Bréfritari: Björn Gíslason
Viðtakandi: Halldór Jónsson
Dagsetning: A-1866-06-23
Skrifað á: Grímstöðum á Fjöllum  N-Þing.

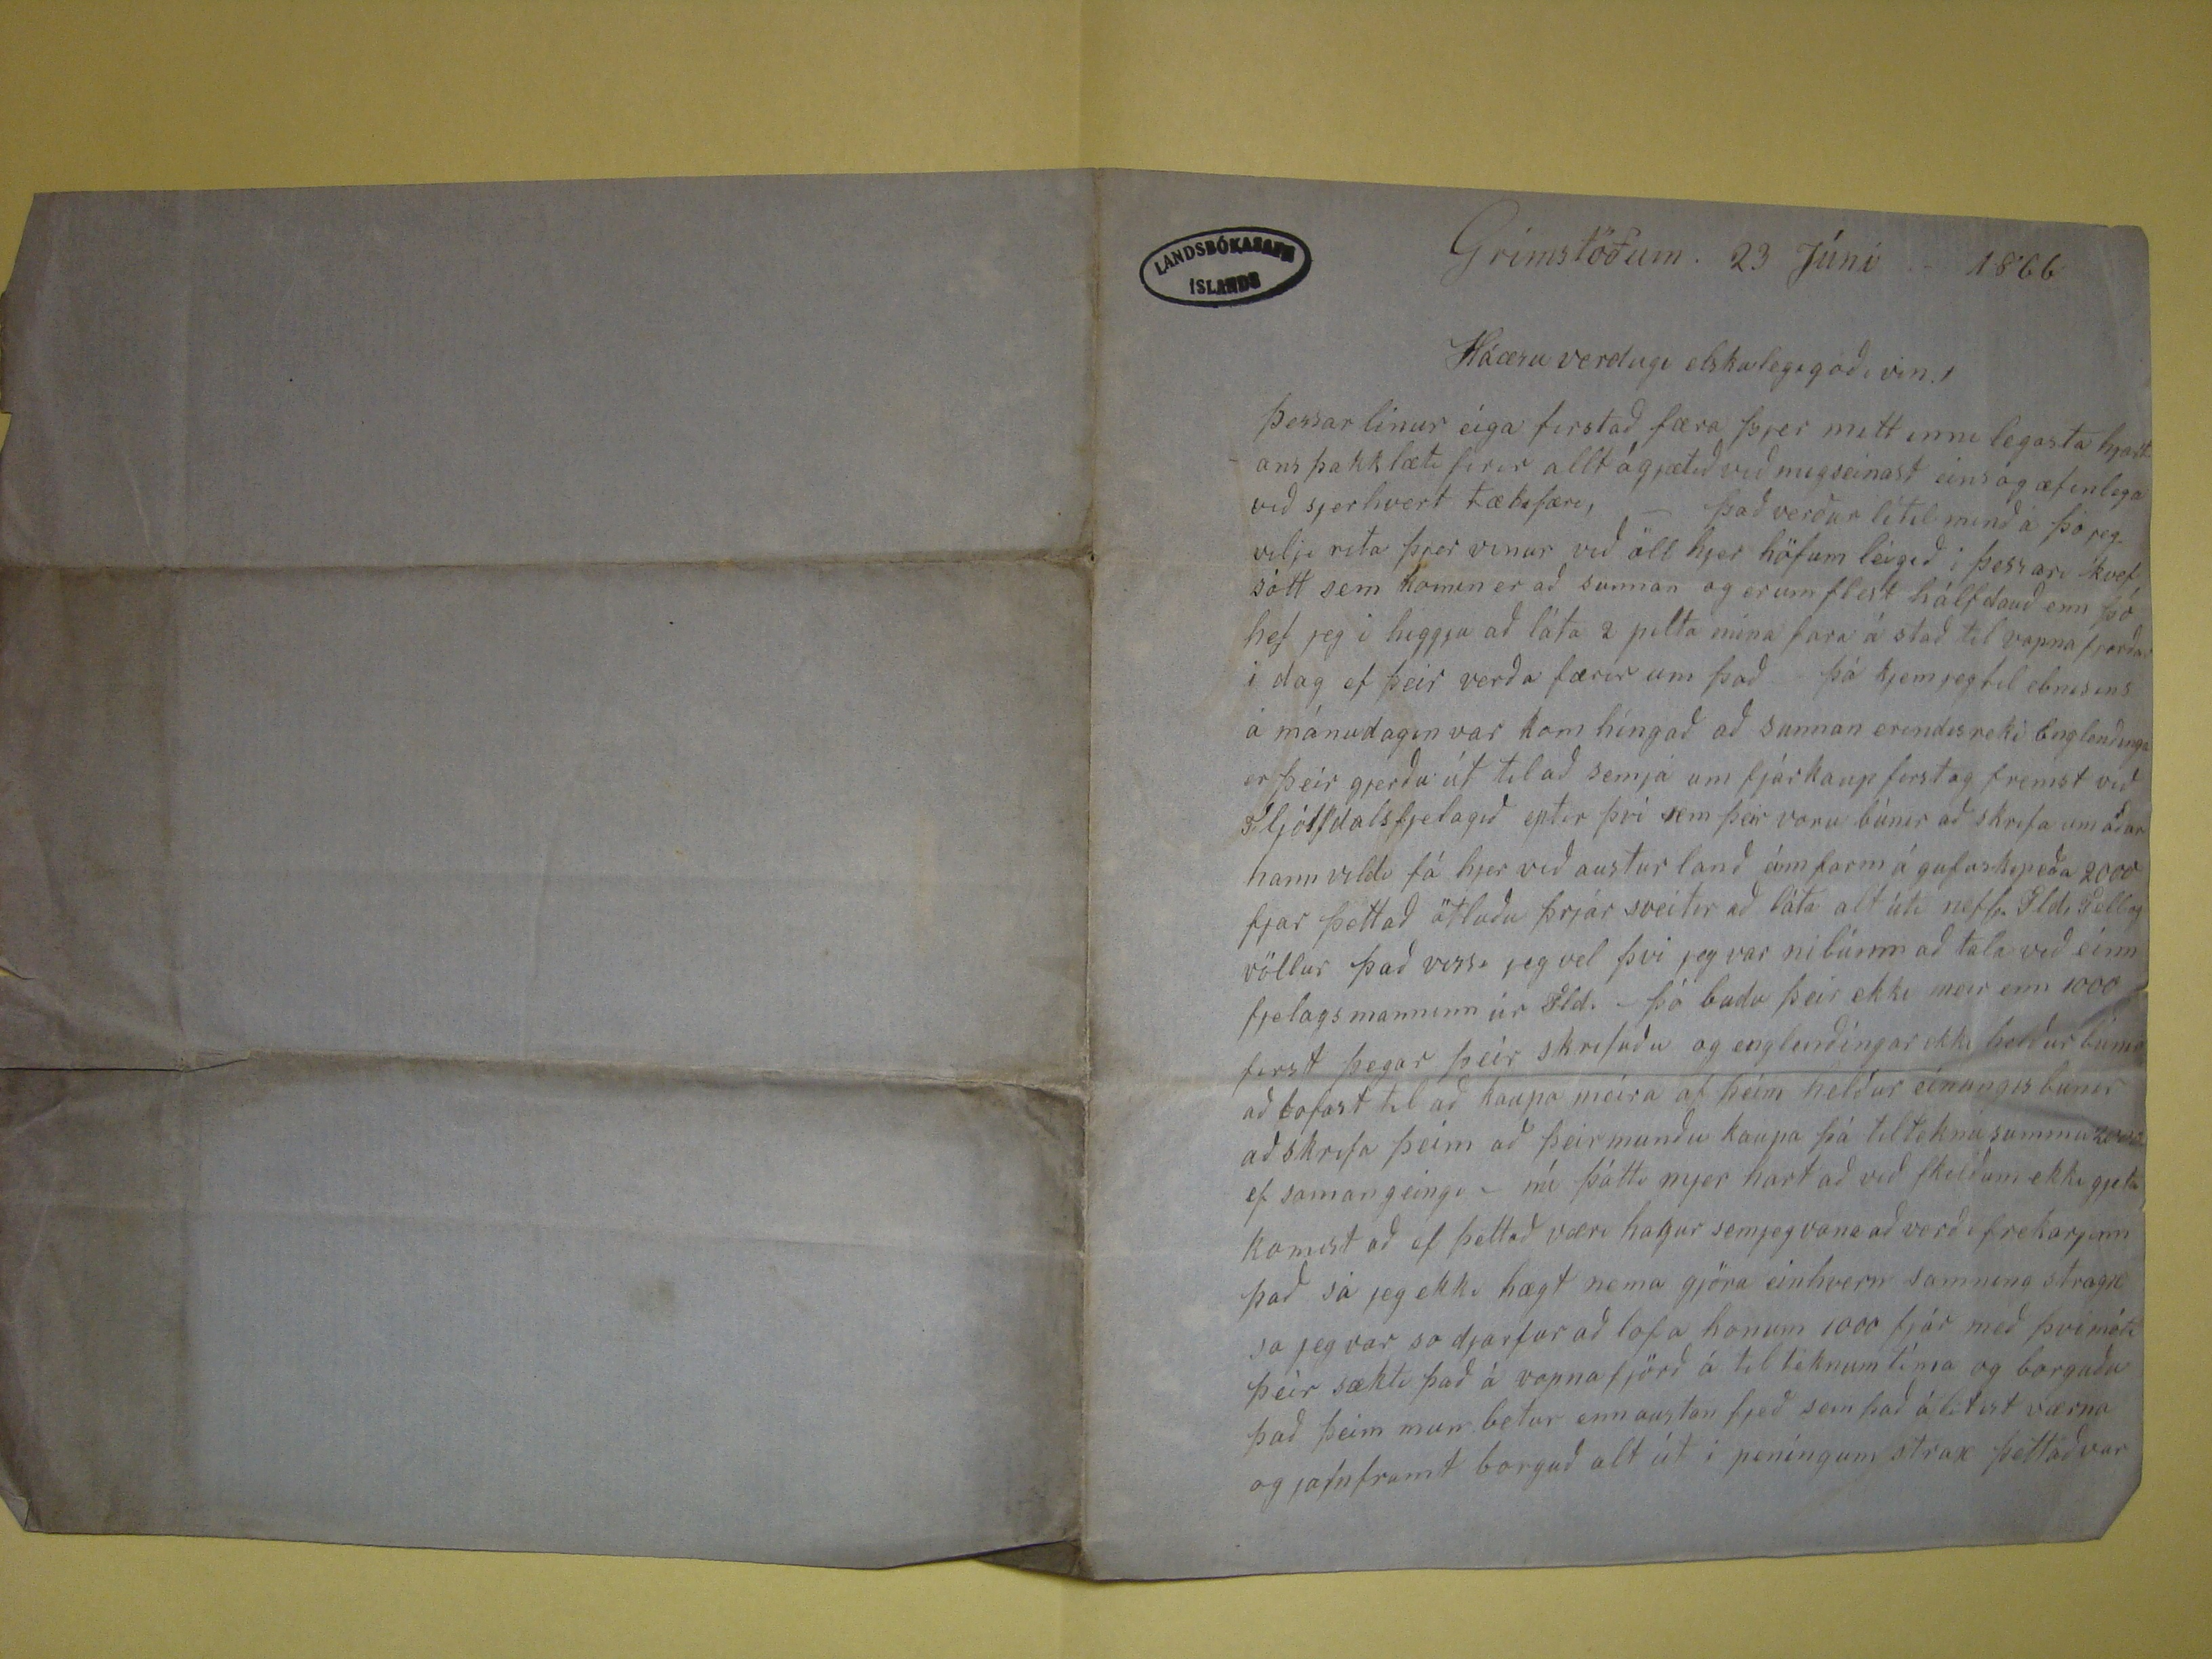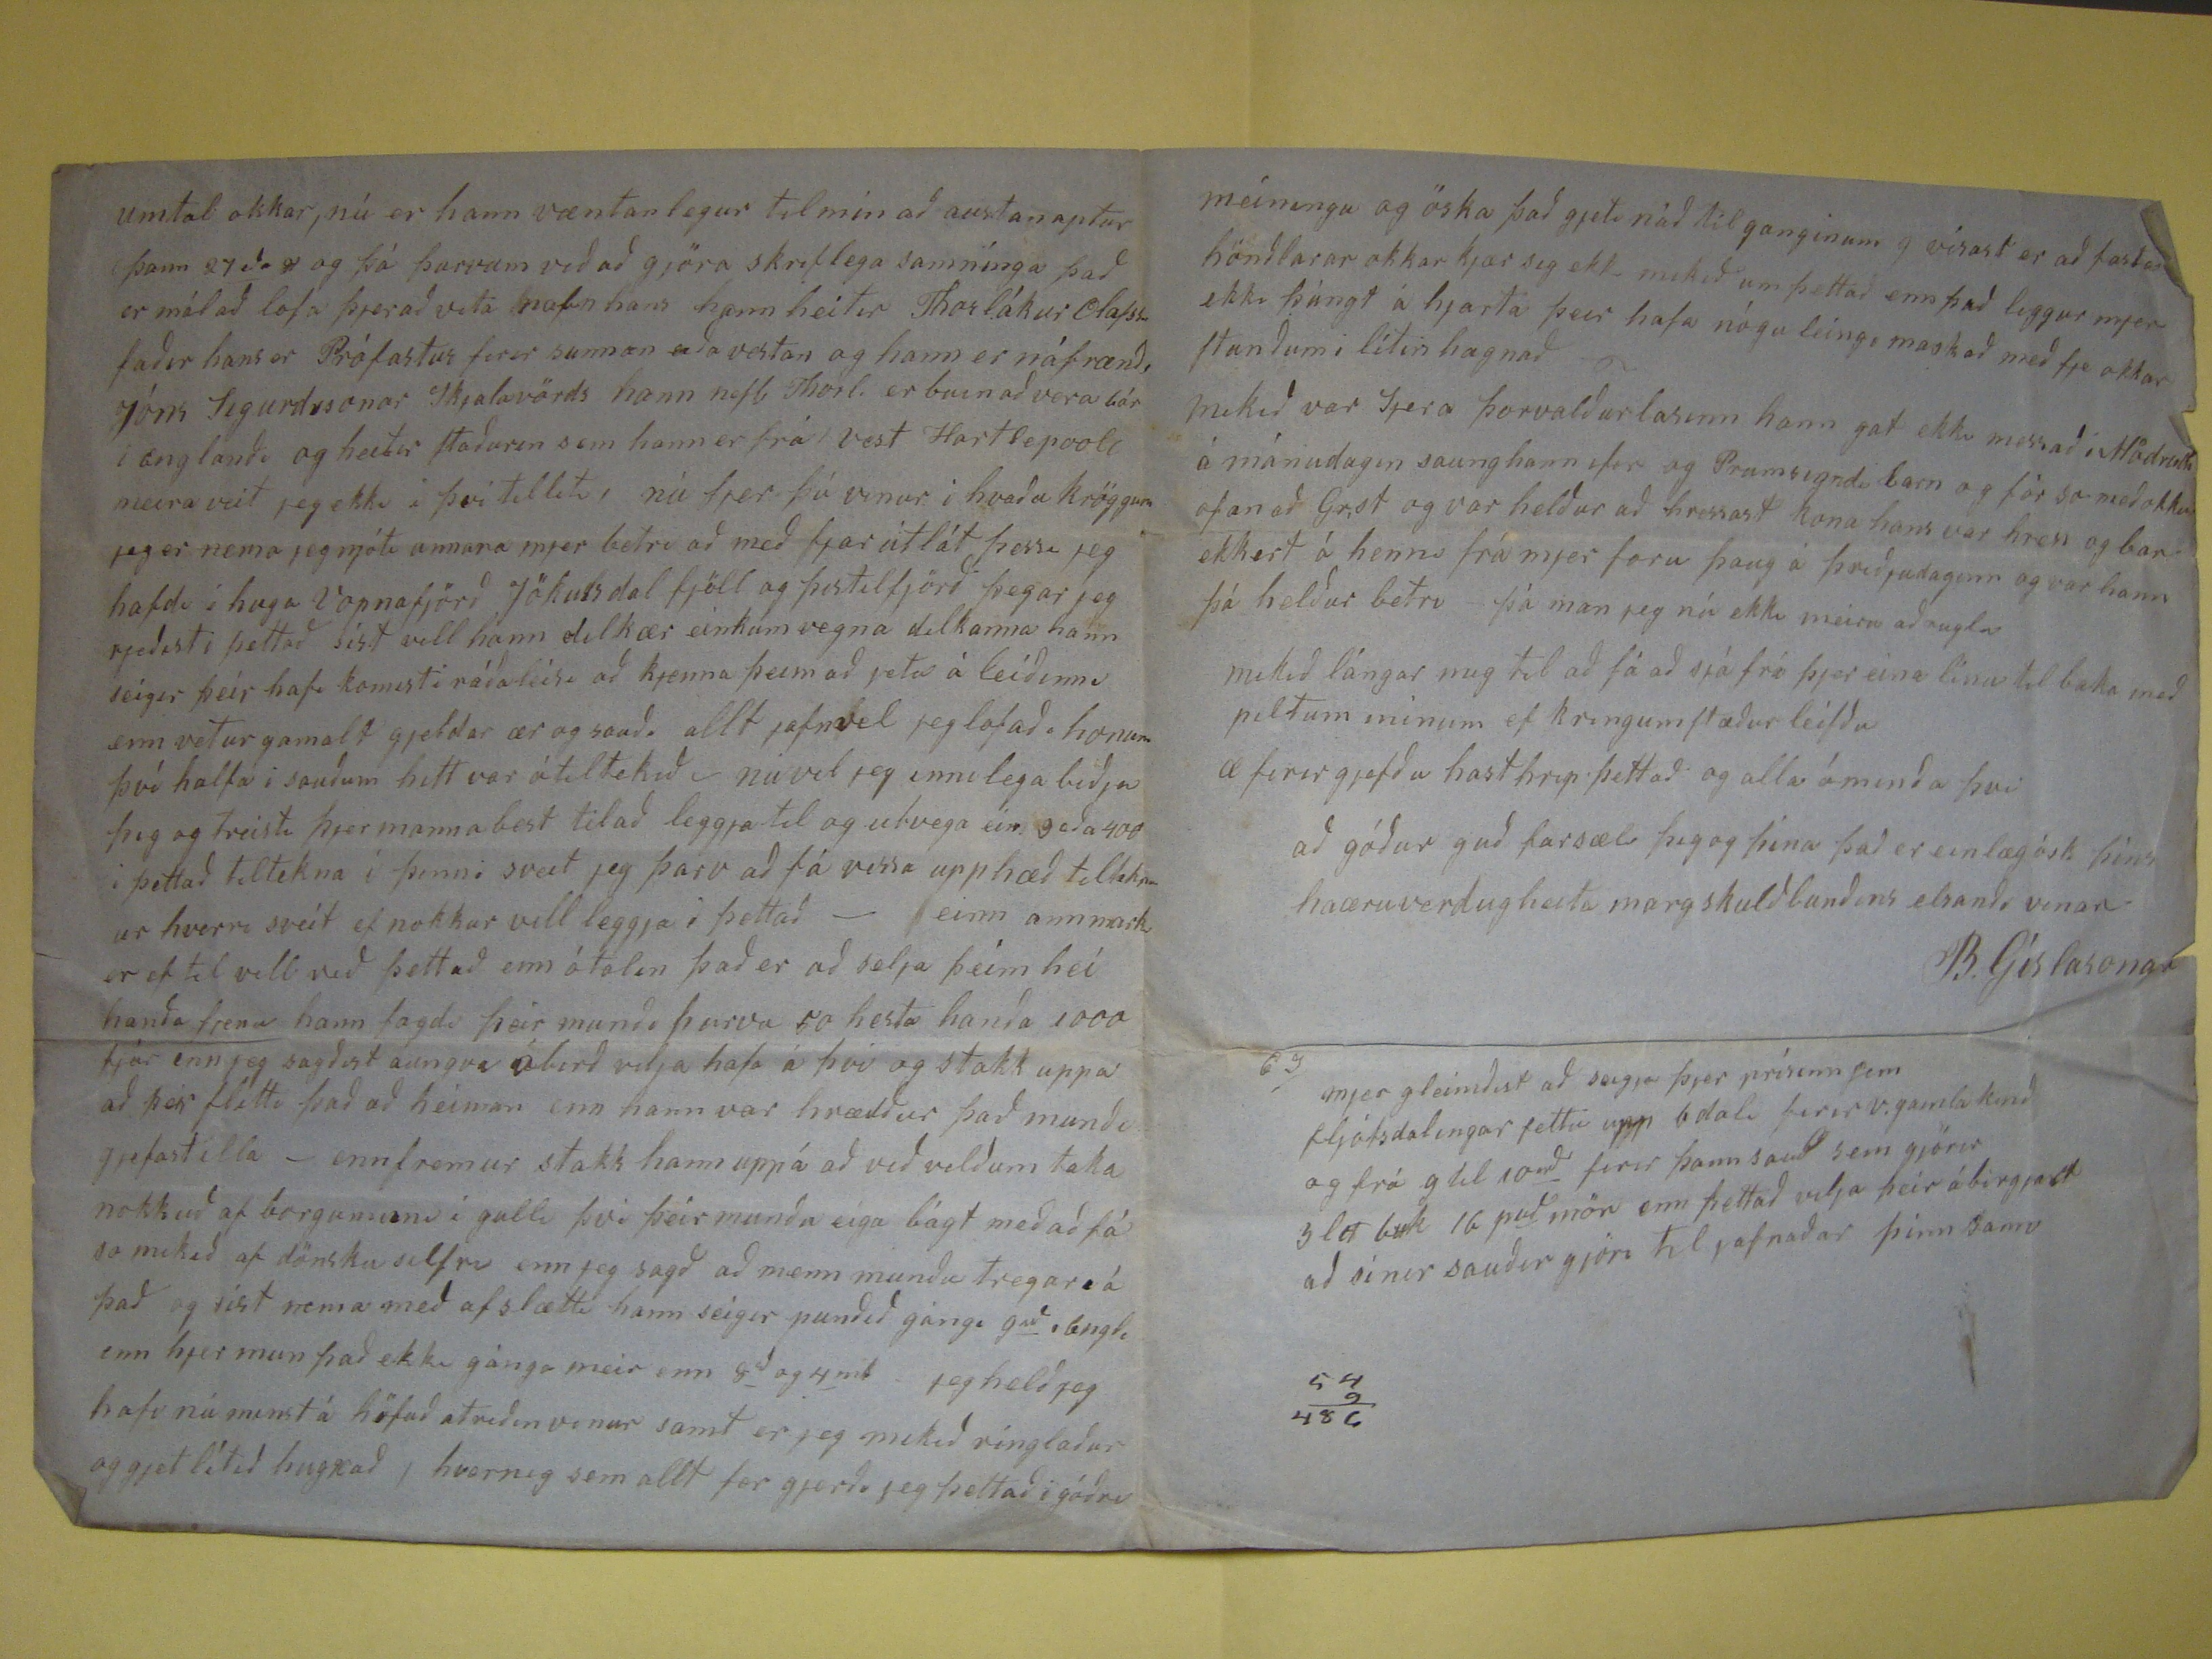

Grímstöðum. 23 Júní 1866
Háæruverðugi elskulegi góði vin!
Þessar linur eiga fyrstað færa þjer mitt inni legasta hjartans þakklæti firir allt ágjætið við mis seinast eins og æfinlega við sjerhvert tækifæri, - Það verður lítil
minð á þó jeg vilji rita þjer vinur við öll hjer höfum leigið í þessari kvefsótt sem komin er að sunnan og erum flest hálfdauð enn þó hef jeg í higgju að láta 2 pilta
mína fara á stað til vopnafjarðar i dag ef þeir verða færir um það þá kjem jeg til ebnisins á mánudagin var kom híngað að sunnan erindisreki Englendinga er
þeir gjerðu út til að semja um fjárkaup firstog fremst við
Fljótsdalsfjelagið
eptir því sem þir voru búnir að skrifa um aður hann vildi fá hjer
við austur land einn farm á gufuskip eða 2000 fjar þettað ötluðu þrjár sveitir að láta alt úti
nefb. Seldi Selbog völlur
það vissi jeg vel þvi jeg
var nibúinn að tala við einn fjelagsmanninn úr
Sld.
- þá budu þeir ekki meir enn 1000 first þegar þeir skrifuðu og englendingar ekki heldur búnir
að lofast til að kaupa meira af þeim heldur einungis bunir að skrifa þeim að þeir mundu kaupa þá tilteknusummu2000 ef samangeingi - nú þótti mjer hart að við
skildum ekki gjeta komist að ef þettað væri hagur semjeg vona að verði frekar
jinn
það sá jeg ekki hægt nema gjöra einhvern samning stragx
sa jeg var so djarfur að lofa honum 1000 fjár með þvi móti þeir sækti það á vopnafjörð á til teknum tíma og borguðu það þeim mun betur enn austan fjeð sem það
álitist værna og jafnframt borguð alt út í peníngum strax þettað var
umtal okkar, nú er hann væntanlegur til mín að austan aptur þann 27 eða
31
og þá þurvum við að gjöra skriflega samnínga það er mál að
lofa þjer að vita nafn hans hann heitir Thorlákur Olafsson faðir hans er Prófastur firir sunnan eða vestan og hann er náfrændi Jóns Sigurðssonar Skjalavörds hann
nefb Thorl. er búin að vera
bár
í Englandi og heitir staðurin sem hann er frá vest
Hartsepvole
meira veit jeg ekki i þvi
tilliti, nú sjer þú vinur i hvaða kröggum jeg er nema jeg njóti annara mjer betri að með fjar útlát þessi jeg hafdi í huga Vopnafjörð Jökulsdalfjöll og Þistilfjörð þegar jeg
rjeðist í þettað síst vill hann dilkær einkum vegna dilkanna hann seigir þeir hafi komist i ráðleisi að kjenna þeim að jeta á leiðinni enn vetur gamalt gjeldar ær og
sauði allt jafnvel jeg lofað . honum því halfa i sauðum hitt var átiltekið i núvel jeg innilega biðja þig og treista þjer manna best til að leggja til að utvega ein goða
400 i þettað tiltekna i þinni sveit jeg þarv að fá vissa upphæð tiltekna ur hverri sveit ef nokkur vill leggja i þettað - einn annmark er ef til vill við þettað enn ótalin
það er að selja þeim hei handa fjenu hann sagði þeir mundi þurva 50 hesta handa 1000 fjár enn jeg sagðist aungva ábirð vilja hafa á því og stakk uppa að þeir flitti
það að heiman enn hann var hræddur það mundi gjefast illa - enn fremur stakk hann uppá að við vildum taka nokkuð af borguninni í gulli því þeir mundu eiga bágt
meðað fá so mikið af dönsku silfri enn jeg sagð að menn mundu tregar á það og síst nema með af slætti hann seigir pundið gángi 9
sð
, Engl. enn hjer mun það ekki gánga meir enn 8
að
og 4
mt
jeg held jeg hafi nú minst á höfuð atriðin vinur samt
er jeg mikið ringlaður og gjet lítið hugxað, hvernig sem allt fer gjerði jeg þettað i góðri
meíningu og öska það gjeti náð til ganginum g vísast er að fasta höndlarar okkar kjær seg ekki mikið um þettað enn það liggur mjer stundum i lítin hagnað
mikið var sjera Þorvaldur lasinn hann gat ekki messað i
Alårid
á mánudagin saung hann ifir og Prumsigndi barn og fór so með okkur ofan að
Grof og var heldur að hressast kona hans var hress og bar ekkert á henni frá mjer foru þaug á þriðjudaginn og var hann þá heldur betri - þá man jeg nú ekki meira að
rugla mikið lángar mig til að fá að sjá frá þjer eina línu til baka með piltum mínum ef kringum stæður leifðu æ firirgjefðu hast hrip þettað og allla óminda þvi
að góður guð farsæl þig og þína það er einlæg ósk þíns háæruverdugheita margskuldlbundins elsandi vinar
B. Gíslasonar
ES
mjer gleimdist að seigja þjer prísinn sem fljótsdalingar settu upp 6 dali firir v.gamla kind og frá 9 til 10
rd
firir þann sauð sem gjörir
slet buk
16 p
uð
mör enn þettað vilja þeir
ábirgjast að sínir sauðir gjöri til jafnaðar þinn sami